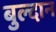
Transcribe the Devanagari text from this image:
बुल्दान